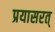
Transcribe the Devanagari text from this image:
प्रयासरत्